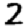
Digit: 2